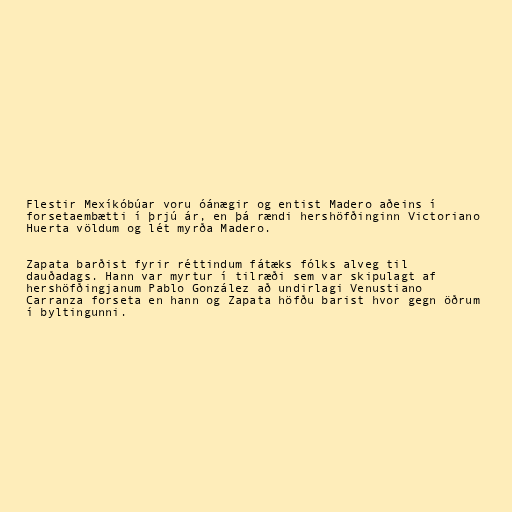
Flestir Mexíkóbúar voru óánægir og entist Madero aðeins í
forsetaembætti í þrjú ár, en þá rændi hershöfðinginn Victoriano
Huerta völdum og lét myrða Madero.

Zapata barðist fyrir réttindum fátæks fólks alveg til
dauðadags. Hann var myrtur í tilræði sem var skipulagt af
hershöfðingjanum Pablo González að undirlagi Venustiano
Carranza forseta en hann og Zapata höfðu barist hvor gegn öðrum
í byltingunni.